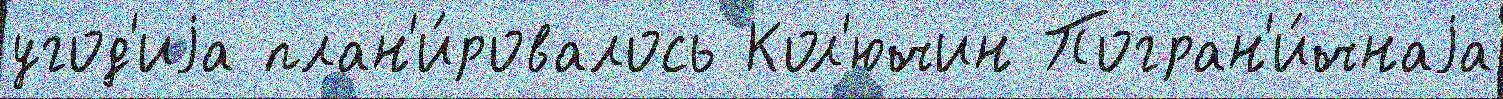
угод'иjа план'и́ровалось Кол'ючин Погран'и́чнаjа